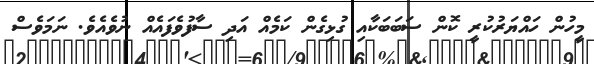
މީހުން ހައްޔަރުކުރީ ކޮން ސަބަބަކާއި ގުޅިގެން ކަމެއް އަދި ސާފުވެފައެއް ނުވެއެވެ. ނަމަވެސް